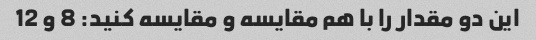
این دو مقدار را با هم مقایسه و مقایسه کنید: 8 و 12